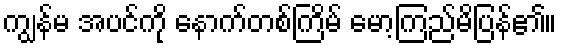
ကျွန်မ အပင်ကို နောက်တစ်ကြိမ် မော့ကြည်မိပြန်၏။